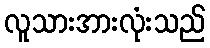
လူသားအားလုံးသည်